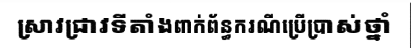
ស្រាវជ្រាវទីតាំងពាក់ព័ន្ធករណីប្រើប្រាស់ថ្នាំ